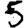
Digit: 5